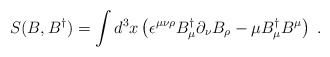
\begin{align*}S(B,B^{\dagger })=\int d^3x\left( \epsilon ^{\mu \nu \rho }B_\mu^{\dagger }\partial _\nu B_\rho -\mu B_\mu ^{\dagger }B^\mu \right) \;.\end{align*}